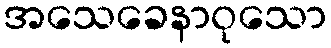
အသေခေနာဝုသော